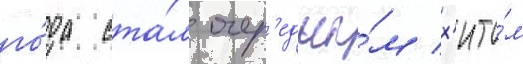
го́да ста́л очер'едны́м х'ито́м